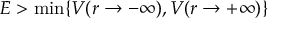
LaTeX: E > \min \{ V ( r \to - \infty ) , V ( r \to + \infty ) \}